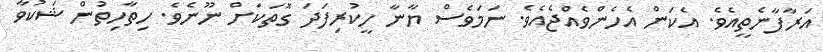
އަރާފާނެތީއެވެ. އެކަން އެހެންވެއްޖެއެވެ. ނަަމަވެސް ޔާނާ ހީކުރިފަދަ ގޮތަކަށް ނޫނެވެ. ހިތާހިތުން ޝަކުވާ